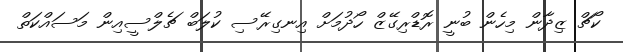
ކޯޗް ޒިދާން މިހެން ބުނީ ރޮޑްރިގޭޒް ހޯދުމަށް އިނގިރޭސި ކުލަބް ޗެލްސީއިން މަސައްކަތް